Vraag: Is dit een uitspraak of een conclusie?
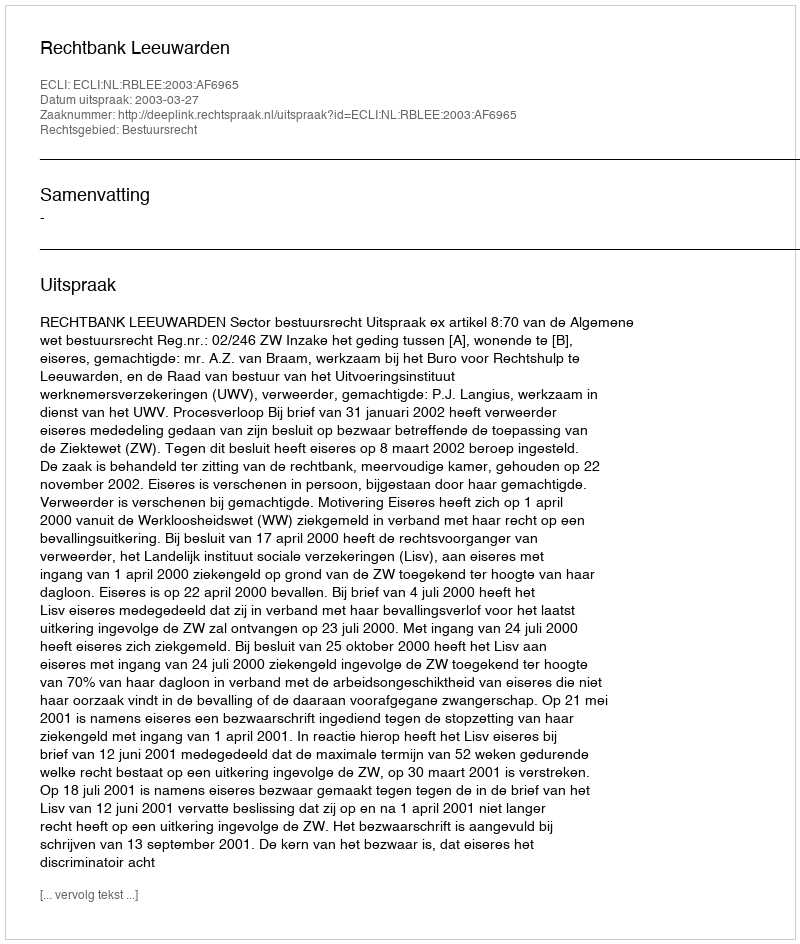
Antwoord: Uitspraak